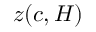
z ( c , H )